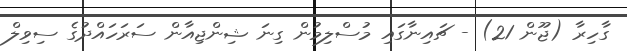
ގާހިރާ (ޖޫން 21) - ޗައިނާގައި މުސްލިމުން ގިނަ ޝިންޖިއާން ސަރަހައްދުގެ ސިވިލް